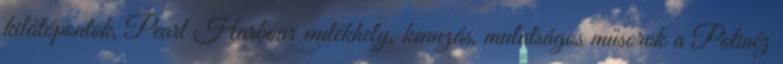
kilátópontok, Pearl Harbour emlékhely, kenuzás, mulatságos műsorok a Polinéz